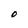
Character: O